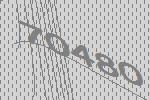
70480